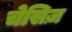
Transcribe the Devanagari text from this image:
चेसिज़